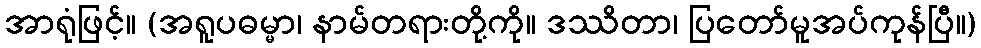
အာရုံဖြင့်။ (အရူပဓမ္မာ၊ နာမ်တရားတို့ကို။ ဒဿိတာ၊ ပြတော်မူအပ်ကုန်ပြီ။)